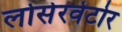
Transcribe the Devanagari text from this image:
लोसेरवेटोर